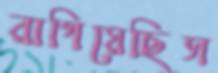
রাগিয়েছিস